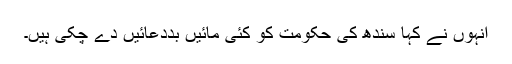
انہوں نے کہا سندھ کی حکومت کو کئی مائیں بددعائیں دے چکی ہیں۔